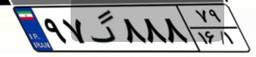
۴۴گ۰۴۴۱۰